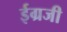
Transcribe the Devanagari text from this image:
ईग्रजी